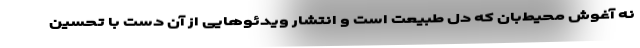
نه آغوش محیط‌بان که دل طبیعت است و انتشار ویدئوهایی از آن دست با تحسین